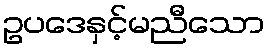
ဥပဒေနှင့်မညီသော